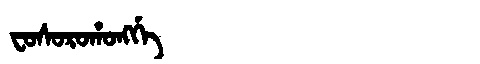
Manchu: ᠸᠣᠰᠣᡵᠣᡥᠣᠩᡤᡝ
Romanization: FOSOROHONGGE